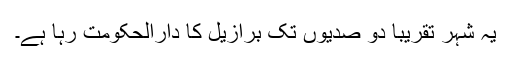
یہ شہر تقریبا دو صدیوں تک برازیل کا دارالحکومت رہا ہے۔